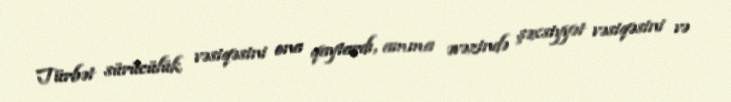
Türbət sürücülük vəsiqəsini ona qaytardı, amma əvəzində şəxsiyyət vəsiqəsini və